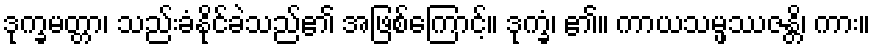
ဒုက္ခမတ္တာ၊ သည်းခံနိုင်ခဲသည်၏ အဖြစ်ကြောင့်။ ဒုက္ခံ၊ ၏။ ကာယသမ္ဖဿဇန္တိ၊ ကား။